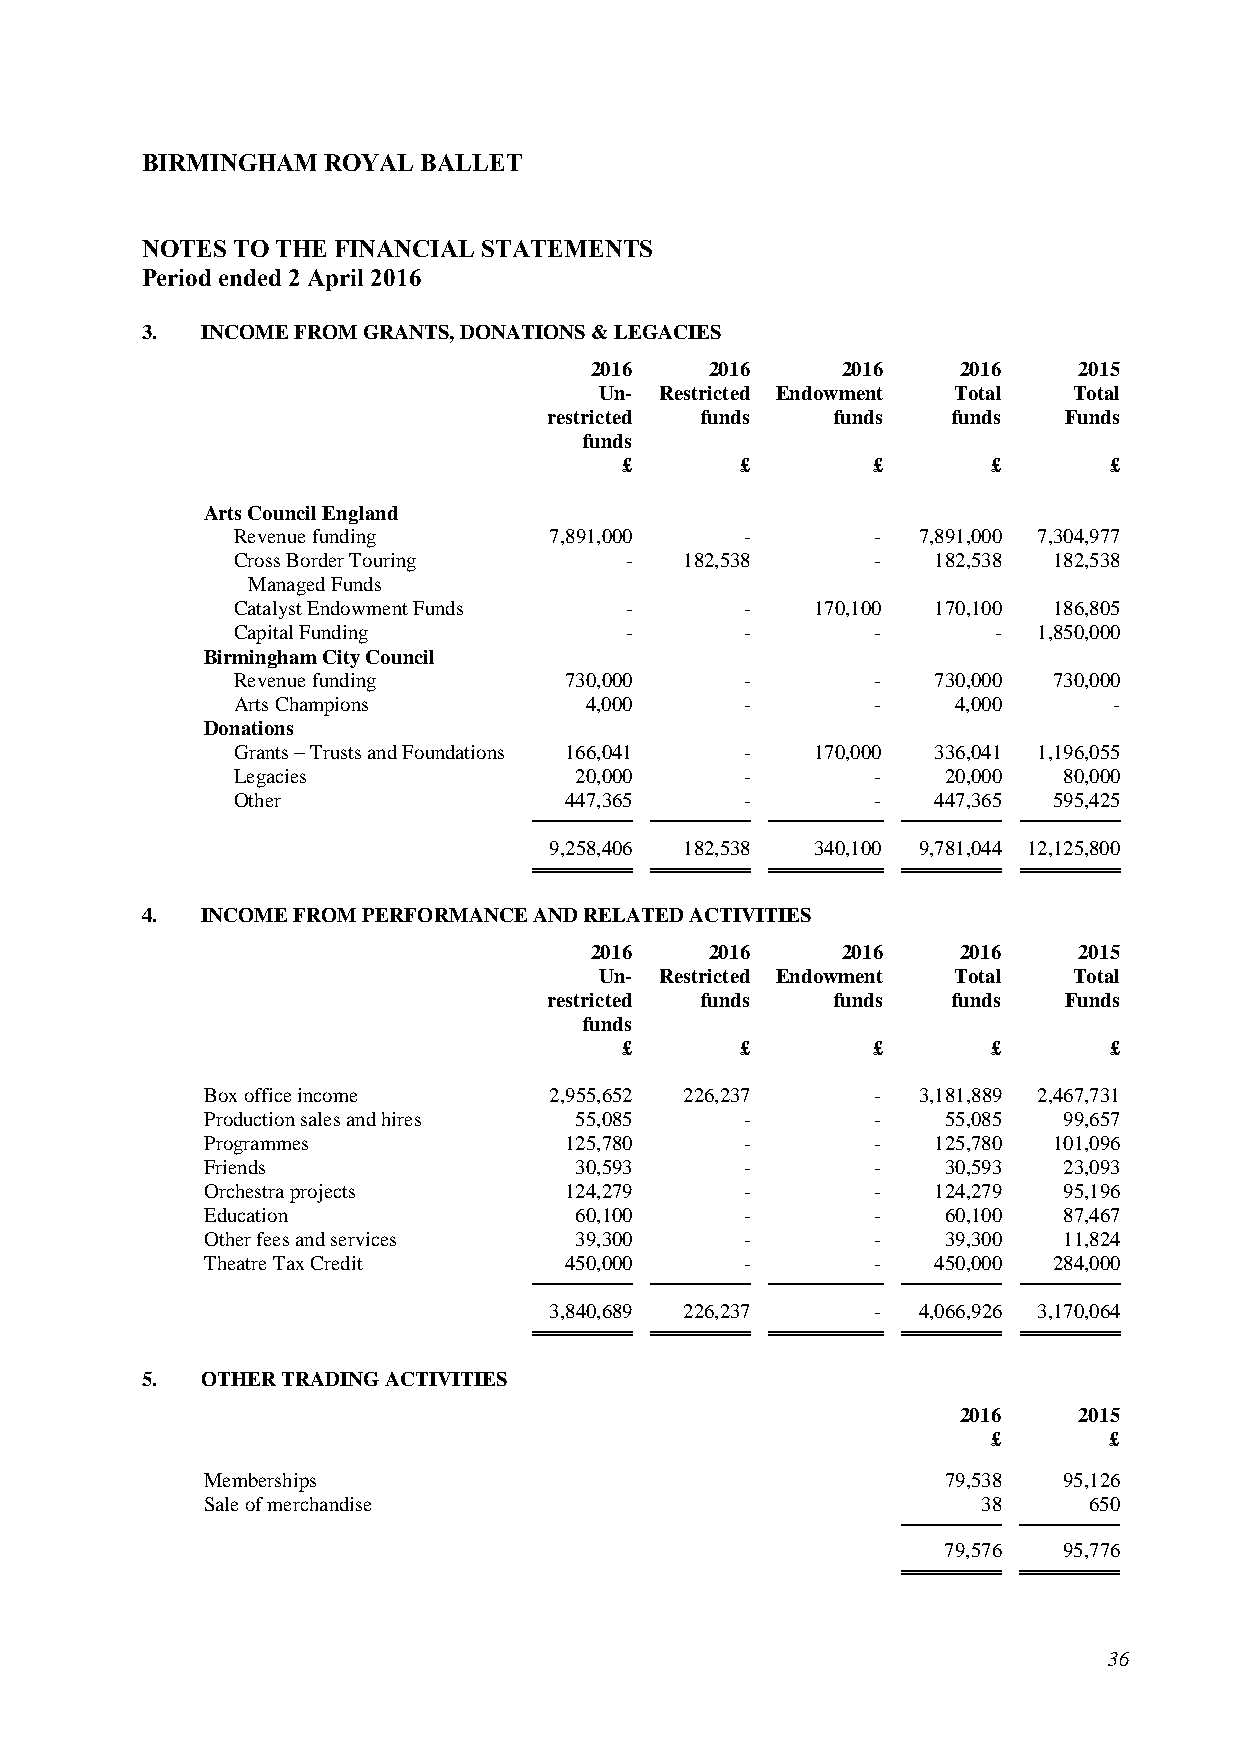
BIRMINGHAM  ROYAL  BALLET
 NOTES TO THE FINANCIAL STATEMENTS
 Period ended 2 April 2016
 3.  INCOME FROM GRANTS, DONATIONS & LEGACIES
 2016    2016     2016    2016   2015
 Un- Restricted Endowment Total Total
 restricted funds   funds   funds  Funds
 funds
 £       £        £       £      £
 Arts Council England
 Revenue funding      7,891,000    -        -  7,891,000 7,304,977
 Cross Border Touring      -   182,538      -   182,538 182,538
 Managed Funds
 Catalyst Endowment Funds  -       -    170,100 170,100 186,805
 Capital Funding           -       -        -       -  1,850,000
 Birmingham City Council
 Revenue funding       730,000     -        -   730,000 730,000
 Arts Champions          4,000     -        -    4,000      -
 Donations
 Grants – Trusts and Foundations 166,041 - 170,000 336,041 1,196,055
 Legacies               20,000     -        -    20,000 80,000
 Other                 447,365     -        -   447,365 595,425
 9,258,406 182,538 340,100 9,781,044 12,125,800
 4.  INCOME FROM PERFORMANCE AND RELATED ACTIVITIES
 2016    2016     2016    2016   2015
 Un- Restricted Endowment Total Total
 restricted funds   funds   funds  Funds
 funds
 £       £        £       £      £
 Box office income      2,955,652 226,237     -  3,181,889 2,467,731
 Production sales and hires 55,085   -        -    55,085 99,657
 Programmes              125,780     -        -   125,780 101,096
 Friends                  30,593     -        -    30,593 23,093
 Orchestra projects      124,279     -        -   124,279 95,196
 Education                60,100     -        -    60,100 87,467
 Other fees and services  39,300     -        -    39,300 11,824
 Theatre Tax Credit      450,000     -        -   450,000 284,000
 3,840,689 226,237     -  4,066,926 3,170,064
 5.  OTHER TRADING ACTIVITIES
 2016   2015
 £      £
 Memberships                                       79,538 95,126
 Sale of merchandise                                 38     650
 79,576  95,776
 36